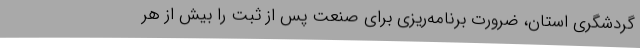
گردشگری استان، ضرورت برنامه‌ریزی برای صنعت پس از ثبت را بیش از هر